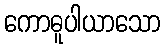
ကောဓူပါယာသော